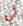
لي